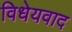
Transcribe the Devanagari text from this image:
विधेयवाद